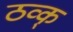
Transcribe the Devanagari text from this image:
ठव्क्